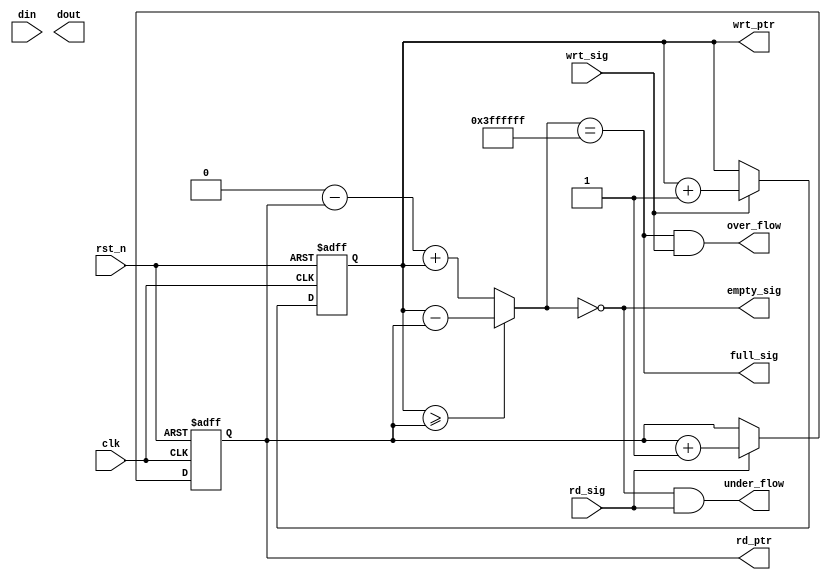
module ram_ctrl(clk, rst_n, wrt_sig, rd_sig, din, full_sig, empty_sig, over_flow, under_flow, dout, rd_ptr, wrt_ptr);
input clk, rst_n, wrt_sig, rd_sig;
input [7:0] din;
output full_sig, empty_sig, over_flow, under_flow;
output [7:0] dout;
parameter DEPTH =2**26;
output reg [25:0] wrt_ptr, rd_ptr;
reg [25:0] diff_ptr;
wire full_sig, empty_sig, over_flow, under_flow;
always @(posedge clk or negedge rst_n)
begin
if (~rst_n)
wrt_ptr<=0;
else if (wrt_sig)
wrt_ptr<=wrt_ptr +1;
else
wrt_ptr<=wrt_ptr;
end
always @(posedge clk or negedge rst_n)
begin
if (~rst_n)
rd_ptr<=0;
else if (rd_sig)
rd_ptr<=rd_ptr +1;
else
rd_ptr<=rd_ptr;
end
always @(wrt_ptr or rd_ptr)
begin
if(wrt_ptr>=rd_ptr)
diff_ptr = wrt_ptr - rd_ptr;
else
diff_ptr = DEPTH - rd_ptr + wrt_ptr;
end
assign full_sig = (diff_ptr == DEPTH -1);
assign empty_sig = (diff_ptr == 0);
assign over_flow = (full_sig & wrt_sig);
assign under_flow = (empty_sig & rd_sig);
endmodule